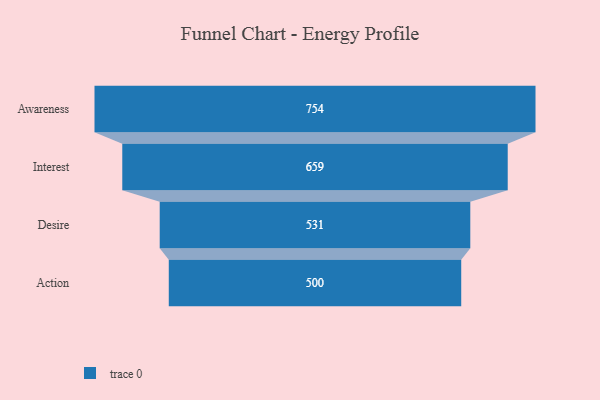
{"axis": {"x": "Stage", "y": "Value"}, "legend": [""], "data": [{"x": "Awareness", "y": 754.0, "type": ""}, {"x": "Interest", "y": 659.0, "type": ""}, {"x": "Desire", "y": 531.0, "type": ""}, {"x": "Action", "y": 500, "type": ""}]}